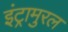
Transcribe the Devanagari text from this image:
इंट्रामुरल